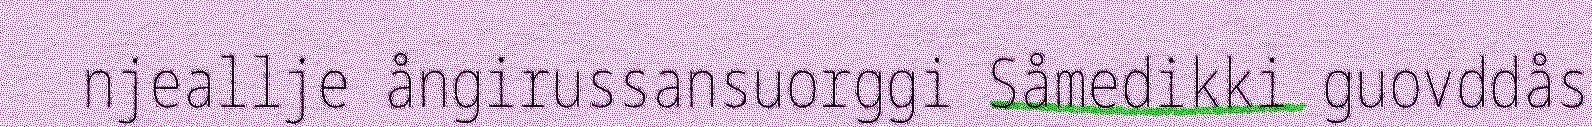
njeallje ångirussansuorggi Såmedikki guovddås